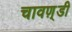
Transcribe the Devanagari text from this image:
चावण़्डी